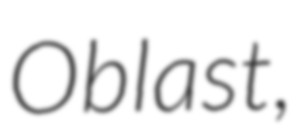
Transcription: Oblast,